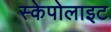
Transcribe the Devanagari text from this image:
स्केपोलाइट